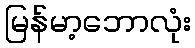
မြန်မာ့ဘောလုံး